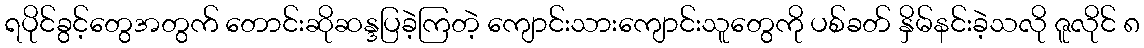
ရပိုင်ခွင့်တွေအတွက် တောင်းဆိုဆန္ဒပြခဲ့ကြတဲ့ ကျောင်းသားကျောင်းသူတွေကို ပစ်ခတ် နှိမ်နင်းခဲ့သလို ဇူလိုင် ၈